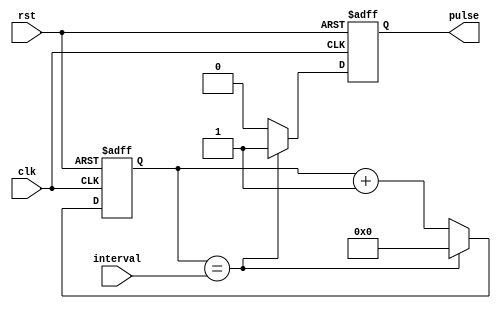
module sync_pulse_gen(
    input clk,
    input rst,
    input [7:0] interval,
    output reg pulse
);

reg [7:0] count;

always @(posedge clk or posedge rst) begin
    if(rst) begin
        count <= 0;
        pulse <= 0;
    end else begin
        if(count == interval) begin
            count <= 0;
            pulse <= 1;
        end else begin
            count <= count + 1;
            pulse <= 0;
        end
    end
end

endmodule